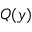
Q ( y )